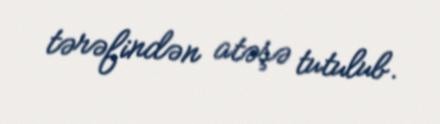
tərəfindən atəşə tutulub.